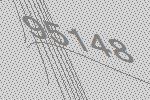
95148